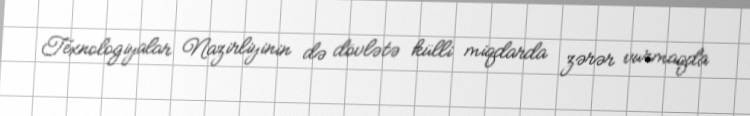
Texnologiyalar Nazirliyinin də dövlətə külli miqdarda zərər vurmaqda